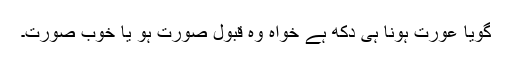
گویا عورت ہونا ہی دکھ ہے خواہ وہ قبول صورت ہو یا خوب صورت۔